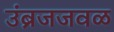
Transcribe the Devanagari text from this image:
उंब्रजजवळ